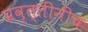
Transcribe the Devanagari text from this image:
प्रवृत्तींनीच